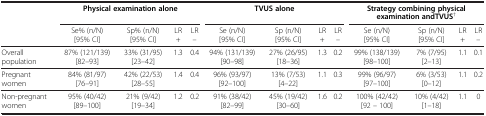
<table><thead><tr><td rowspan="2"><b> </b></td><td colspan="4"><b>Physical examination alone</b></td><td colspan="4"><b>TVUS alone</b></td><td colspan="4"><b>Strategy combining physical examination andTVUS<sup>†</sup></b></td></tr><tr><td><b>Se% (n/N) [95% CI]</b></td><td><b>Sp% (n/N) [95% CI]</b></td><td><b>LR +</b></td><td><b>LR –</b></td><td><b>Se (n/N) [95% CI]</b></td><td><b>Sp (n/N) [95% CI]</b></td><td><b>LR+</b></td><td><b>LR –</b></td><td><b>Se (n/N) [95% CI]</b></td><td><b>Sp (n/N) [95% CI]</b></td><td><b>LR+</b></td><td><b>LR –</b></td></tr></thead><tbody><tr><td>Overall population</td><td>87% (121/139) [82–93]</td><td>33% (31/95) [23–42]</td><td>1.3</td><td>0.4</td><td>94% (131/139) [90–98]</td><td>27% (26/95) [18–36]</td><td>1.3</td><td>0.2</td><td>99% (138/139) [98–100]</td><td>7% (7/95) [2–13]</td><td>1.1</td><td>0.1</td></tr><tr><td>Pregnant women</td><td>84% (81/97) [76–91]</td><td>42% (22/53) [28–55]</td><td>1.4</td><td>0.4</td><td>96% (93/97) [92–100]</td><td>13% (7/53) [4–22]</td><td>1.1</td><td>0.3</td><td>99% (96/97) [97–100]</td><td>6% (3/53) [0–12]</td><td>1.1</td><td>0.2</td></tr><tr><td>Non-pregnant women</td><td>95% (40/42) [89–100]</td><td>21% (9/42) [19–34]</td><td>1.2</td><td>0.2</td><td>91% (38/42) [82–99]</td><td>45% (19/42) [30–60]</td><td>1.6</td><td>0.2</td><td>100% (42/42) [92 – 100]</td><td>10% (4/42) [1–18]</td><td>1.1</td><td>0</td></tr></tbody></table>